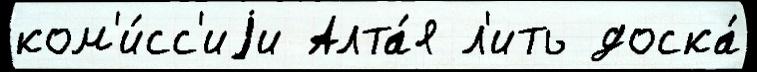
ком'и́сс'иjи Алта́я л'ить доска́